Annual administration report of the Civil Veterinary Department of India - 1892-1893
Year: 1892
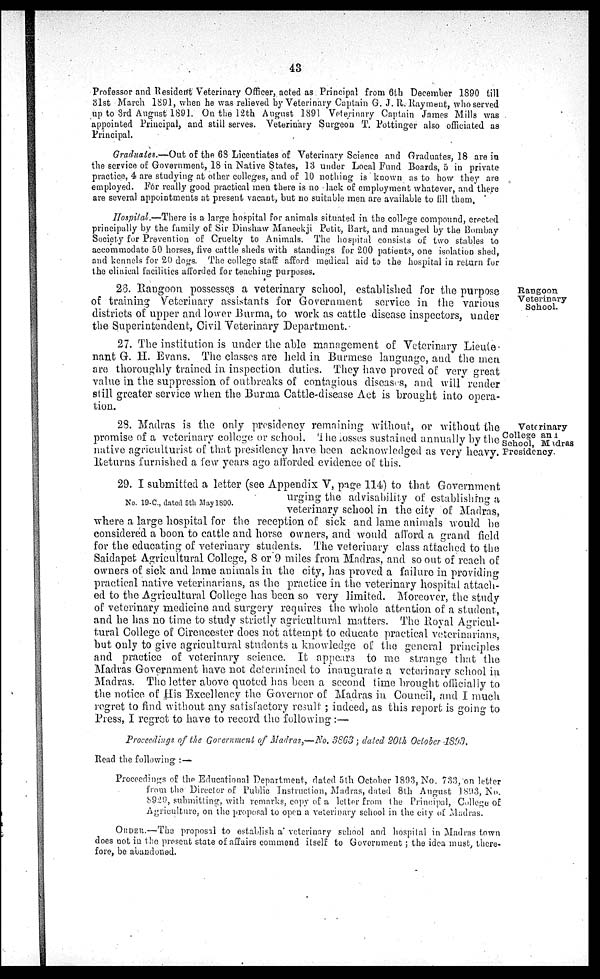
43
Professor and Resident Veterinary Officer, acted as Principal from 6th December 1890 till
31st March 1891, when he was relieved by Veterinary Captain G. J. R. Rayment, who served
up to 3rd August 1891. On the 12th August 1891 Veterinary Captain James Mills was
appointed Principal, and still serves. Veterinary Surgeon T. Pottinger also officiated as
Principal.
Graduates.—Out of the 68 Licentiates of Veterinary Science and Graduates, 18 are in
the service of Government, 18 in Native States, 13 under Local Fund Boards, 5 in private
practice, 4 are studying at other colleges, and of 10 nothing is known as to how they are
employed. For really good practical men there is no lack of employment whatever, and there
are several appointments at present vacant, but no suitable men are available to fill them,
Hospital.—There is a large hospital for animals situated in the college compound, erected
principally by the family of Sir Dinshaw Maneckji Petit, Bart, and managed by the Bombay
Society for Prevention of Cruelty to Animals. The hospital consists of two stables to
accommodate 50 horses, five cattle sheds with standings for 200 patients, one isolation shed,
and kennels for 20 dogs. The college staff afford medical aid to the hospital in return for
the clinical facilities afforded for teaching purposes.
Rangoon
Veterinary
School.
26. Rangoon possesses a veterinary school, established for the purpose
of training Veterinary assistants for Government service in the various
districts of upper and lower Burma, to work as cattle disease inspectors, under
the Superintendent, Civil Veterinary Department.
27. The institution is under the able management of Veterinary Lieute
nant G. H. Evans. The classes are held in Burmese language, and the men
are thoroughly trained in inspection duties. They have proved of very great
value in the suppression of outbreaks of contagious diseases, and will render
still greater service when the Burma Cattle-disease Act is brought into opera-
tion.
Veterinary
College and
School, Madras
Presidency.
28. Madras is the only presidency remaining without, or without the
promise of a veterinary college or school. The losses sustained annually by the
native agriculturist of that presidency have been acknowledged as very heavy.
Returns furnished a few years ago afforded evidence of this.
No. 19-C., dated 5th May 1890.
29. I submitted a letter (see Appendix V, page 114) to that Government
urging the advisability of establishing a
veterinary school in the city of Madras,
where a large hospital for the reception of sick and lame animals would be
considered a boon to cattle and horse owners, and would afford a grand field
for the educating of veterinary students. The veterinary class attached to the
Saidapet Agricultural College, 8 or 9 miles from Madras, and so out of reach of
owners of sick and lame animals in the city, has proved a failure in providing
practical native veterinarians, as the practice in the veterinary hospital attach-
ed to the Agricultural College has been so very limited. Moreover, the study
of veterinary medicine and surgery requires the whole attention of a student,
and he has no time to study strictly agricultural matters. The Royal Agricul-
tural College of Cirencester does not attempt to educate practical veterinarians,
but only to give agricultural students a knowledge of the general principles
and practice of veterinary science. It appears to me strange that the
Madras Government have not determined to inaugurate a veterinary school in
Madras. The letter above quoted has been a second time brought officially to
the notice of His Excellency the Governor of Madras in Council, and I much
regret to find without any satisfactory result ; indeed, as this report is going to
Press, I regret to have to record the following:—
Proceedings of the Government of Madras,—No. 3863; dated 20th October 1893.
Read the following:—
Proceedings of the Educational Department, dated 5th October 1893, No. 733, on letter
from the Director of Public Instruction, Madras, dated 8th August 1893, No.
8929, submitting, with remarks, copy of a letter from the Principal, College of
Agriculture, on the proposal to open a veterinary school in the city of Madras.
ORDER.—The proposal to establish a veterinary school and hospital in Madras town
does not in the present state of affairs commend itself to Government; the idea must, there-
fore, be abandoned.